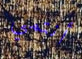
أنتمي